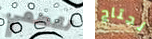
تقطعي نحتاج